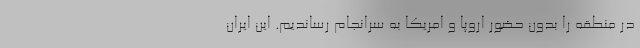
در منطقه را بدون حضور اروپا و امریکا به سرانجام رساندیم. این ایران